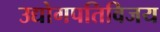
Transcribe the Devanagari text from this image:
उद्योगपतिविजय